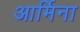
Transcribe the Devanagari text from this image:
आर्मिना